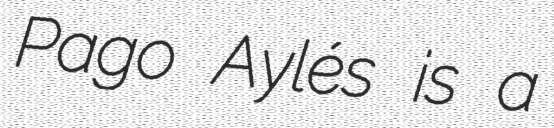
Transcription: Pago Aylés is a